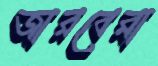
জারবেরা